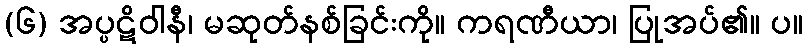
(၆) အပ္ပဋိဝါနီ၊ မဆုတ်နစ်ခြင်းကို။ ကရဏီယာ၊ ပြုအပ်၏။ ပ။